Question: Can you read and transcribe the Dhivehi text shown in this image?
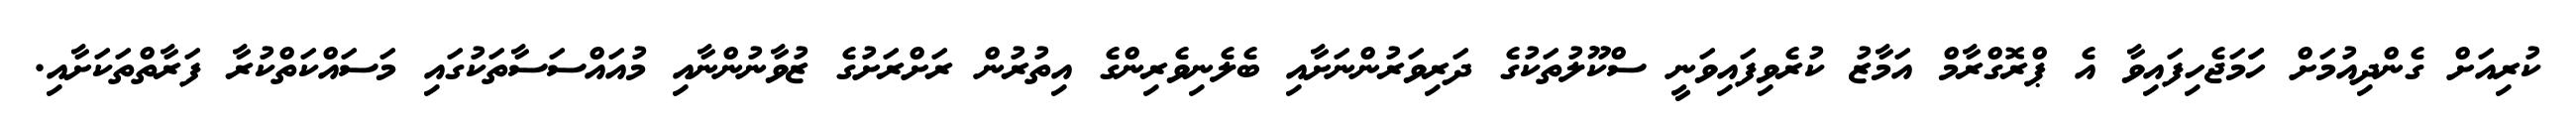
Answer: ކުރިއަށް ގެންދިއުމަށް ހަަމަޖެހިފައިވާ އެ ޕްރޮގްރާމް އަމާޒު ކުރެވިފައިވަނީ ސްކޫލުތަކުގެ ދަރިވަރުންނަށާއި ބެލެނިވެރިންގެ އިތުރުން ރަށްރަށުގެ ޒުވާނުންނާއި މުއައްސަސާތަކުގައި މަސައްކަތްކުރާ ފަރާތްތަކަށާއި.